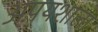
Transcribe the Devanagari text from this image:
अपयशाला